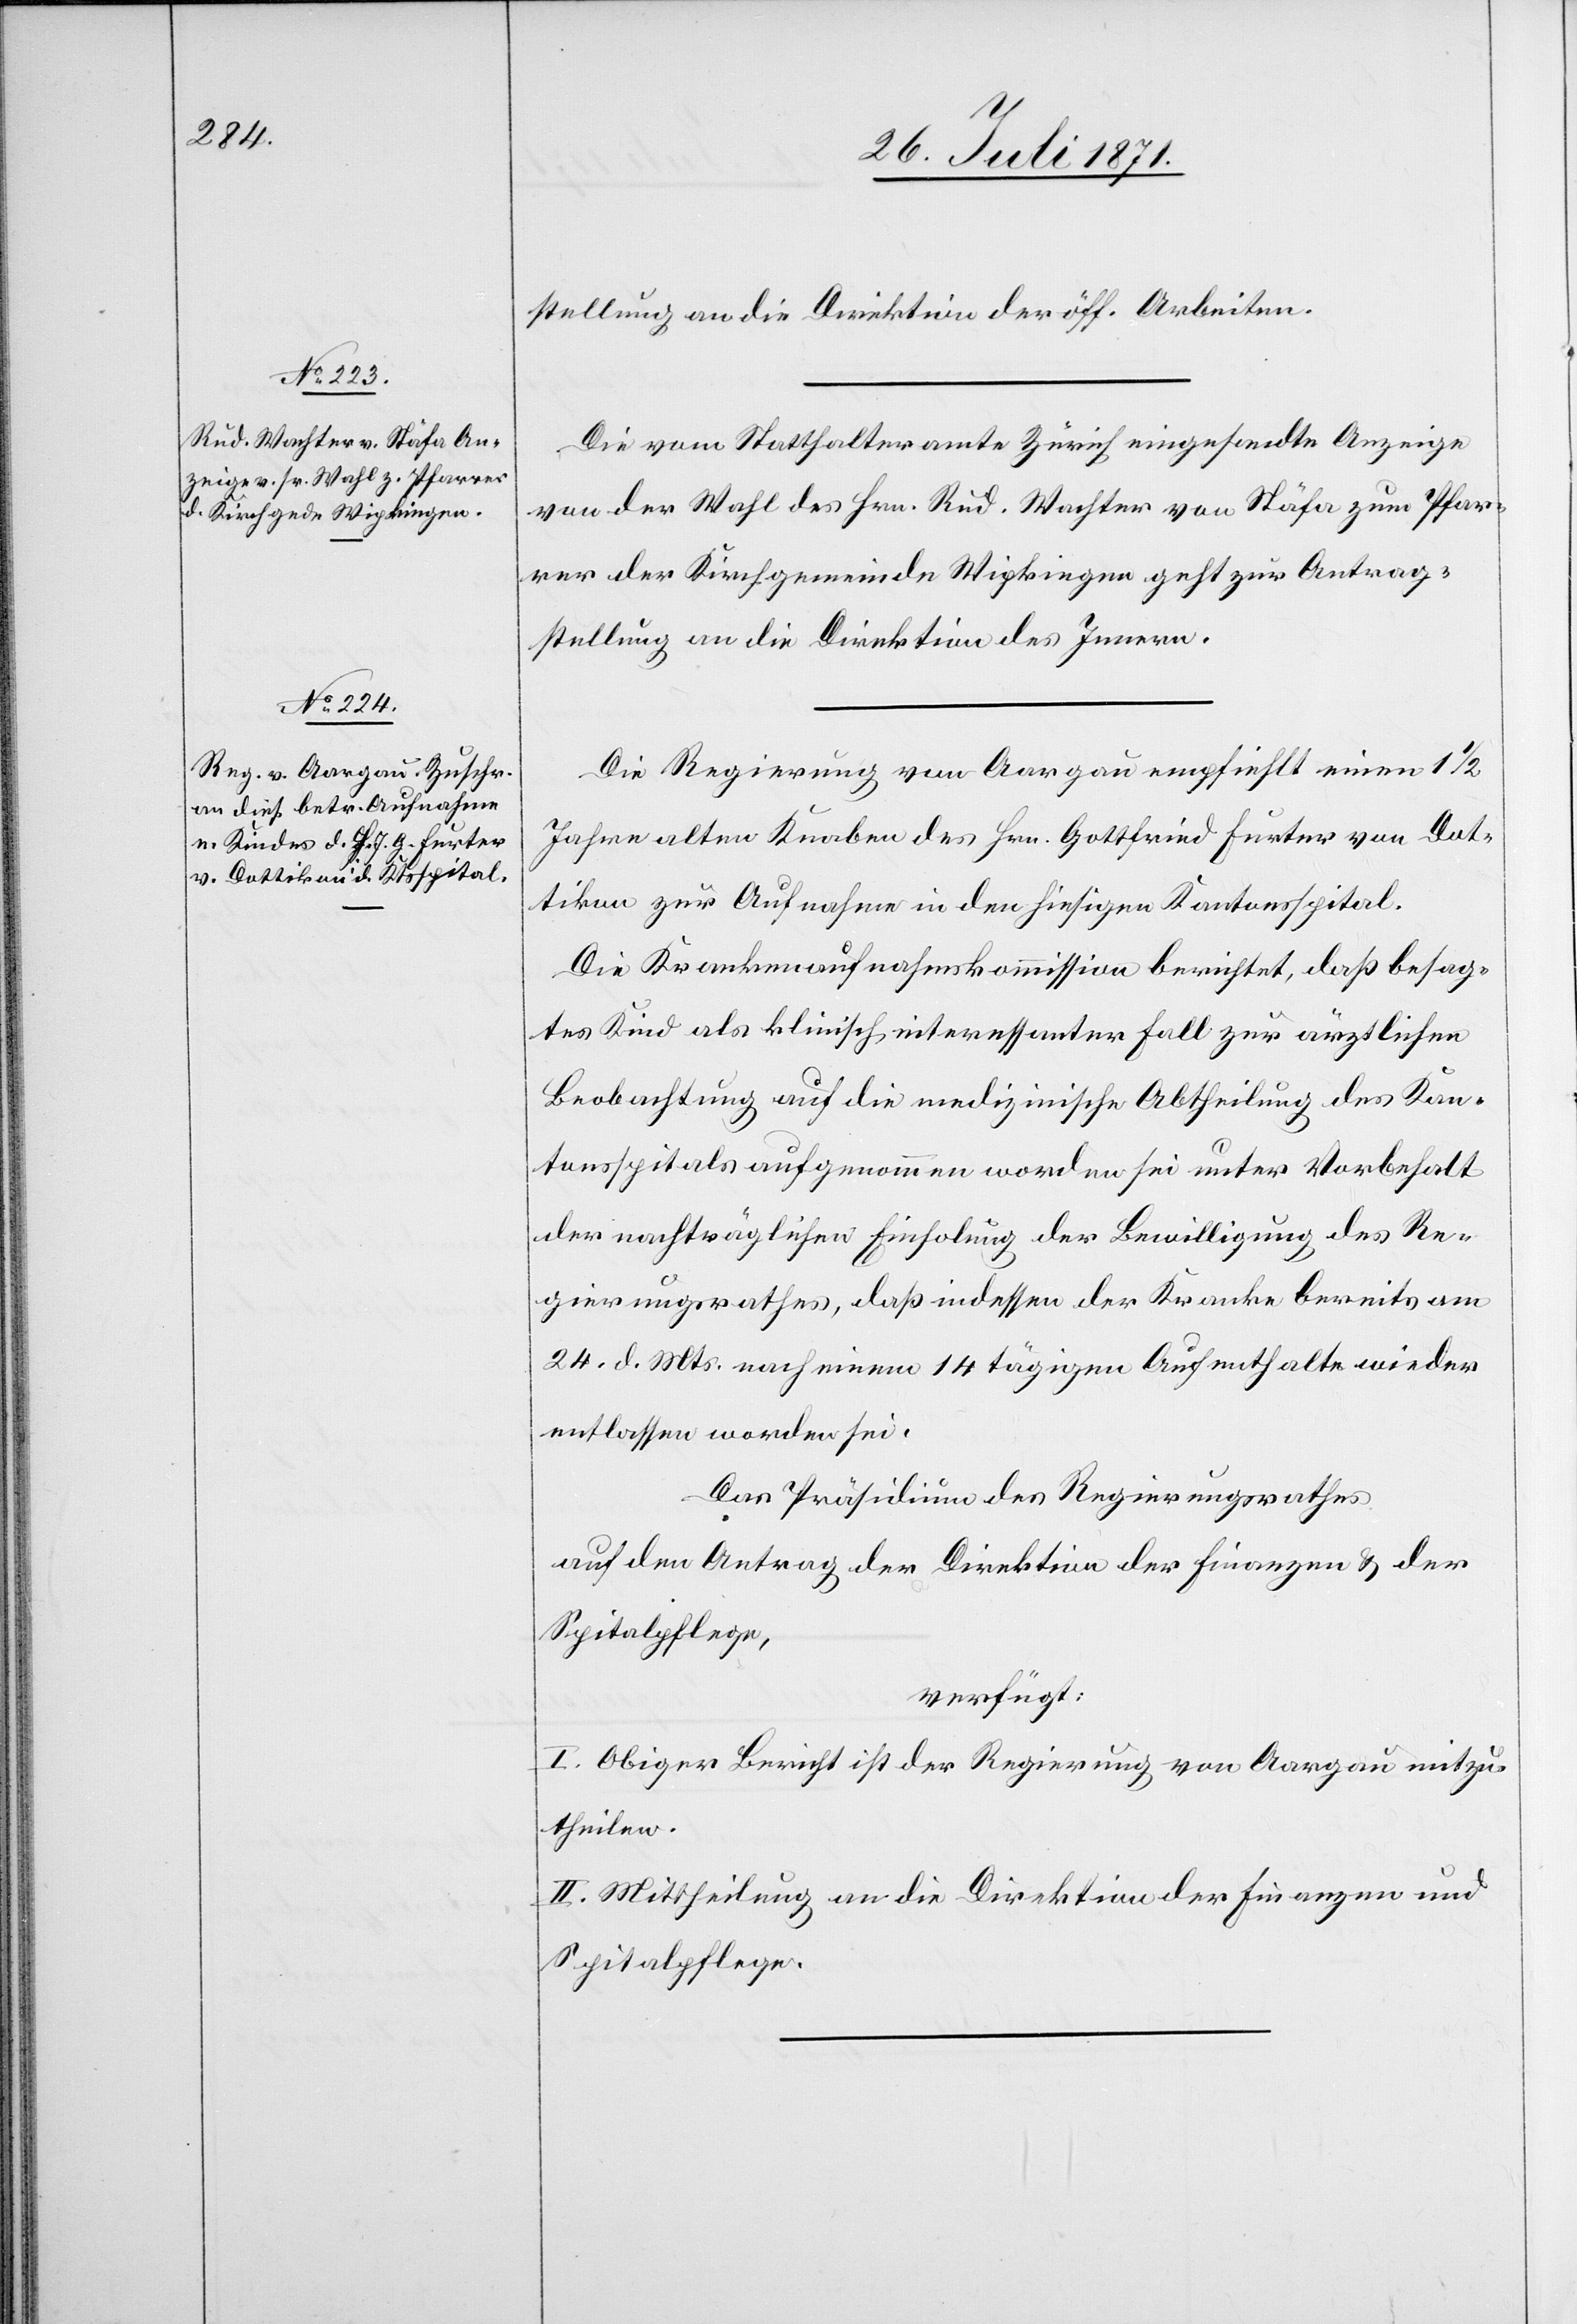
26. Juli 1871.]
stellung an die Direktion der öff. Arbeiten.
Die vom Statthalteramt Zürich eingesandte Anzeige
von der Wahl des Hrn. Rud. Wachter von Stäfa zum Pfar¬
rer der Kirchgemeinde Wipkingen geht zur Antrag¬
stellung an die Direktion des Innern.
Die Regierung von Aargau empfiehlt einen 1 1/2
Jahre alten Knaben des Hrn. Gottfried [sic!] Furter von Dot¬
tikon zur Aufnahme in den hiesigen Kantonsspital.
Die Krankenaufnahmskommission berichtet, daß besag¬
tes Kind als klinisch interessanter Fall zur ärztlichen
Beobachtung auf die medizinisch Abtheilung des Kan¬
tonsspitals aufgenommen worden sei unter Vorbehalt
der nachträglichen Einholung der Bewilligung des Re¬
gierungsrathes, daß indessen der Kranke bereits am
24. d. Mts. nach einem 14 tägigen Aufenthalte wieder
entlassen worden sei.
Das Präsidium des Regierungsrathes
auf den Antrag der Direktion der Finanzen u. der
Spitalpflege,
verfügt:
I. Obiger Bericht ist der Regierung von Aargau mitzu¬
theilen.
II. Mittheilung an die Direktion der Finanzen und
Spitalpflege.